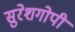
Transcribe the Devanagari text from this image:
सुरेशगोपी